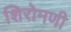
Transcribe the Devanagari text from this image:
शिरोमणी